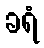
ခရံ